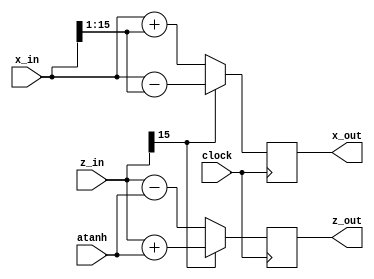
module CORDIC_stage( clock , x_in , z_in , atanh  , x_out , z_out);
//parameters

parameter n = 16;
parameter shift = 1;

//inputs

input clock;
input [n:1] x_in , z_in;
input [n:1] atanh;

//outputs

output reg [n:1] x_out , z_out;

//

wire d;
reg [n:1] x2 , z2;
wire [n:1]x_shifted;


assign d = z_in[n];		//sign bit

generate
if(shift<1)
	begin
		assign x_shifted = x_in - ( x_in >>> (shift + 3 ) );  //first two stages
	end
else
	begin
		assign x_shifted = x_in >>> shift ;					  //remaining stages
	end
endgenerate


always @(x_in , x_shifted , d , z_in , atanh)
	begin	
		if( d == 1'b0 )
			begin
				x2 = x_in + x_shifted;
				z2 = z_in - atanh ;
			end
		else 
			begin
				x2 = x_in - x_shifted;
				z2 = z_in + atanh;
			end
	end
	
	
always @( posedge clock )
	begin
		x_out <= x2;
		z_out <= z2;
	end







endmodule